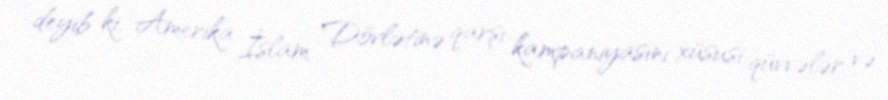
deyib ki, Amerika İslam Dövlətinə qarşı kampaniyasını xüsusi qüvvələr və